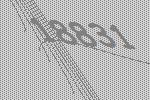
18831